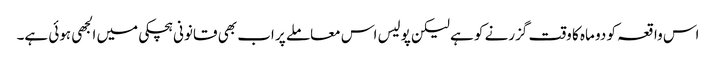
اس واقعہ کو دو ماہ کا وقت گزرنے کو ہے لیکن پولیس اس معاملے پر اب بھی قانونی ہچکی میں الجھی ہوئی ہے۔